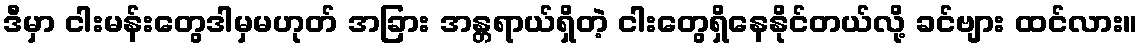
ဒီမှာ ငါးမန်းတွေဒါမှမဟုတ် အခြား အန္တရာယ်ရှိတဲ့ ငါးတွေရှိနေနိုင်တယ်လို့ ခင်ဗျား ထင်လား။